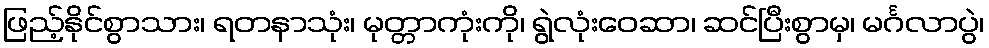
ဖြည့်နိုင်စွာသား၊ ရတနာသုံး၊ မုတ္တာကုံးကို၊ ရွဲလုံးဝေဆာ၊ ဆင်ပြီးစွာမှ၊ မင်္ဂလာပွဲ၊